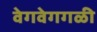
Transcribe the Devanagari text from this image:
वेगवेगगळी